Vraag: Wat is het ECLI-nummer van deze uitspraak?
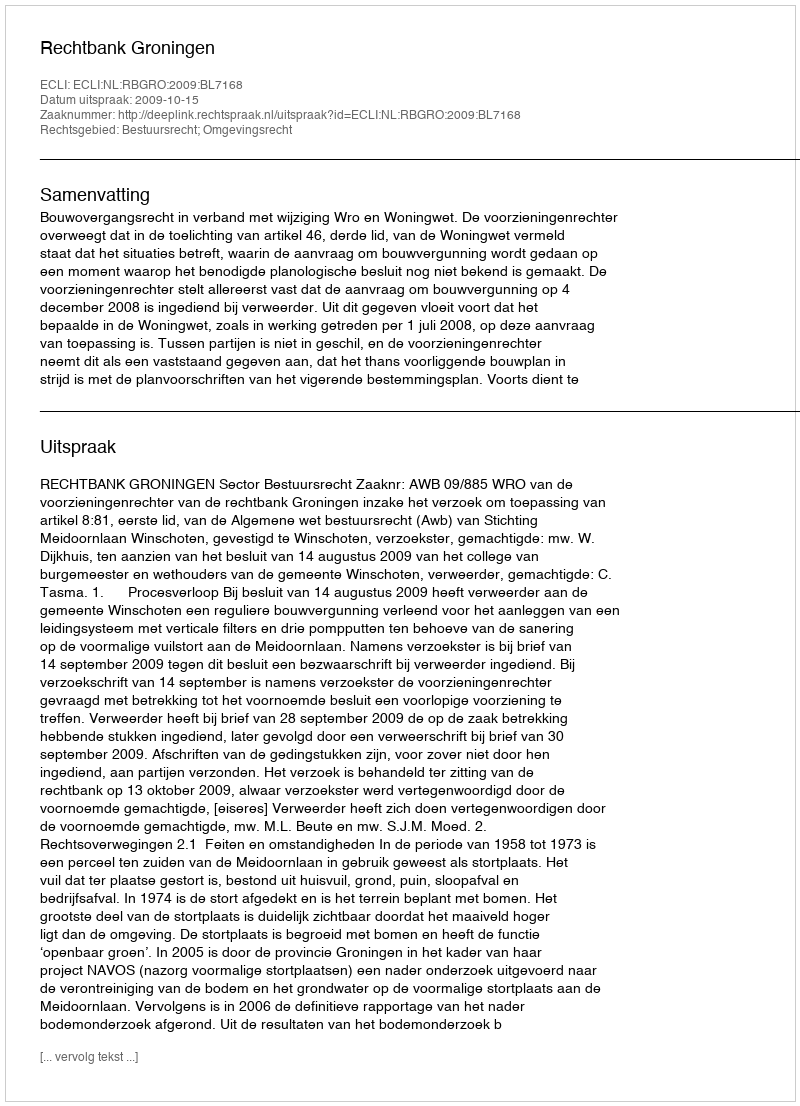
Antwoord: ECLI:NL:RBGRO:2009:BL7168